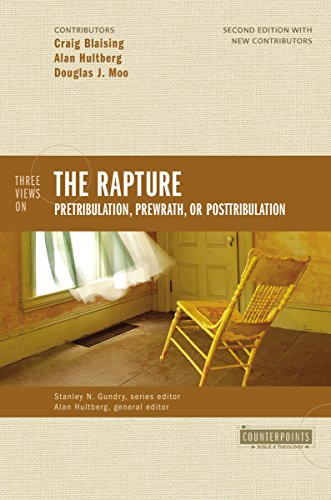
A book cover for Three Views on the Rapture: Pretribulation, Prewrath, or Posttribulation (Counterpoints: Bible and Theology); Craig A. Blaising; Christian Books & Bibles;